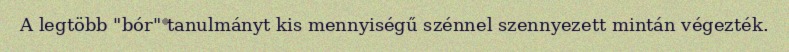
A legtöbb "bór" tanulmányt kis mennyiségű szénnel szennyezett mintán végezték.